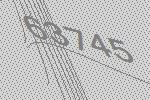
63745